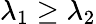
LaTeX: \lambda_{1}\ge\lambda_{2}